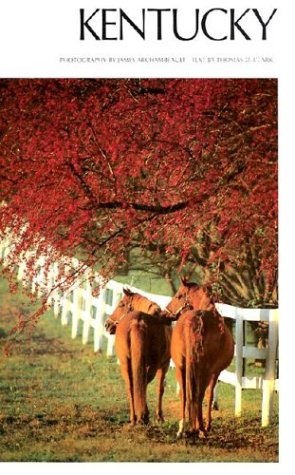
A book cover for Kentucky; Thomas D. Clark; Travel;